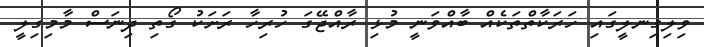
ވިލިގިނލީގައި ހަރަކާތްތަކެއް ބާއްވަނީ މުޅި ރާާާާއްްޖޭގަ ހުރިހާ ރަށަކު ގޯތި ދިނަސް މާމިގިލީ